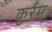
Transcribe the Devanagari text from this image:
कुर्रम्